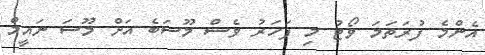
އެންމެ ފުރަތަމަ ވޯޓު މި ފަހަރު ވެސް މޫސަބެ އަށް މޫސަ ނައީމް